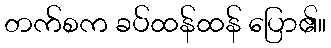
တက်စက ခပ်ထန်ထန် ပြော၏။